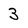
Character: 3